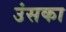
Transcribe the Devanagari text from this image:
उंसका